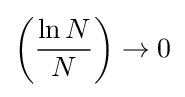
{\left({\frac {\ln N}{N}}\right)\rightarrow 0}